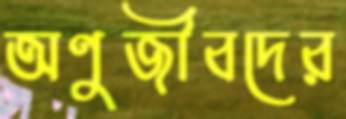
অণুজীবদের